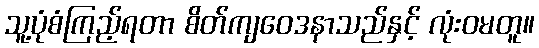
သူ့ပုံစံကြည့်ရတာ စိတ်ကျဝေဒနာသည်နှင့် လုံးဝမတူ။